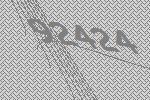
92424